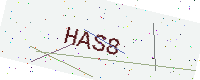
Text: HAS8